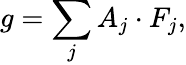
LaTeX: g=\sum_{j}A_{j}\cdot F_{j},